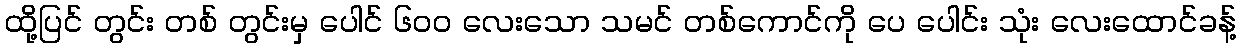
ထို့ပြင် တွင်း တစ် တွင်းမှ ပေါင် ၆၀၀ လေးသော သမင် တစ်ကောင်ကို ပေ ပေါင်း သုံး လေးထောင်ခန့်